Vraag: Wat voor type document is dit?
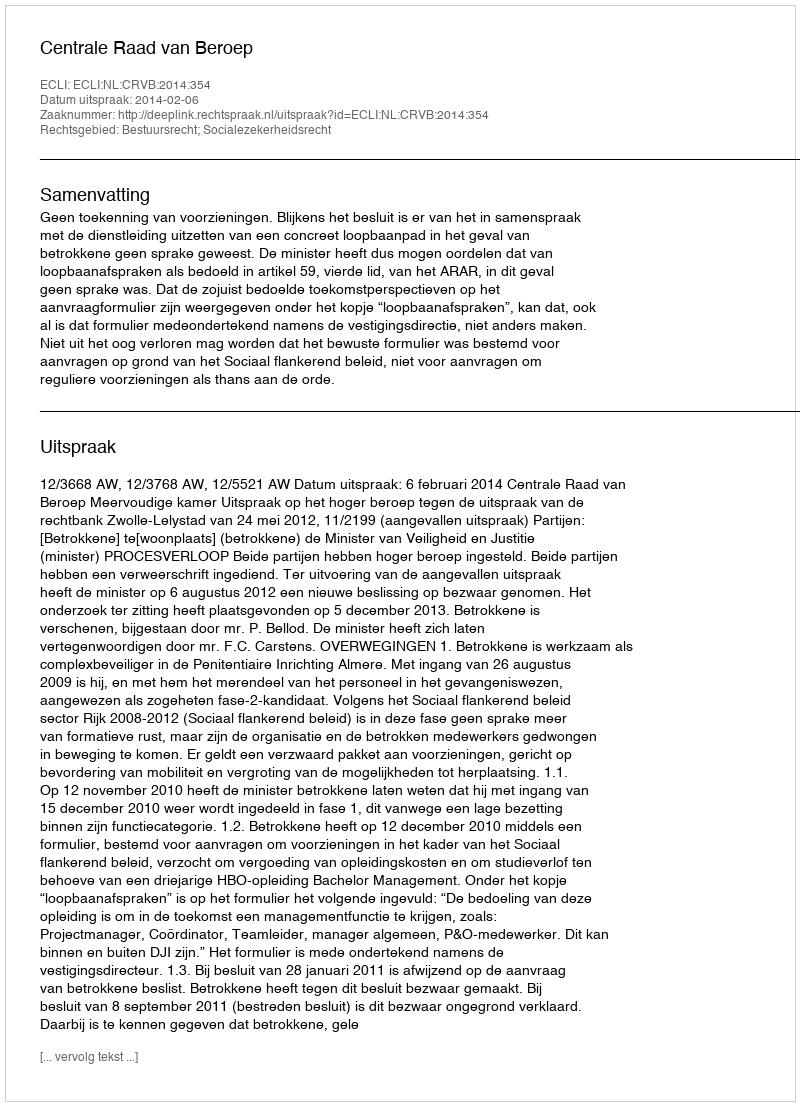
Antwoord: Uitspraak